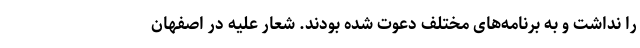
را نداشت و به برنامه‌های مختلف دعوت شده بودند. شعار علیه در اصفهان